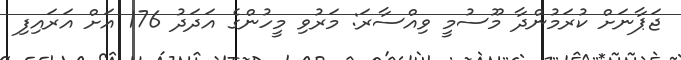
ޖަޕާނަށް ކުރަމުންދާ މޫސުމީ ވިއްސާރަ: މަރުވި މީހުންގެ އަދަދު 176 އަށް އަރައިފި